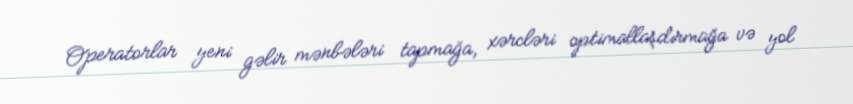
Operatorlar yeni gəlir mənbələri tapmağa, xərcləri optimallaşdırmağa və yol